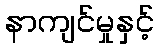
နာကျင်မှုနှင့်